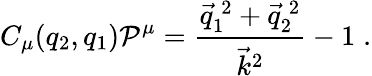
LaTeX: C_{\mu}(q_{2},q_{1}){\cal P}^{\mu}=\frac{\vec{q}_{1}^{\: 2}+\vec{q}_{2}^{\: 2}}{\vec{k}^{2}}-1\; .